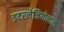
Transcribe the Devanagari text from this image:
इटरनेजियोनाल